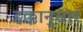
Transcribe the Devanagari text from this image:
हक्कानुसार